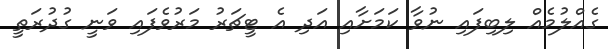
ގެއްލުމެއް ލިބިފައި ނުވާ ކަމަށާއި އަދި އެ ޓީޗަރު މަރުވެފައި ވަނީ ގުދުރަތީ